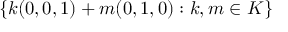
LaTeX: \{ k ( 0 , 0 , 1 ) + m ( 0 , 1 , 0 ) : k , m \in K \}